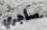
سأجري